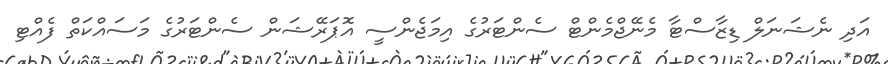
އަދި ނެޝަނަލް ޑިޒާސްޓާ މެނޭޖްމެންޓް ސެންޓަރުގެ އިމަޖެންސީ އޮޕަރޭޝަން ސެންޓަރުގެ މަސައްކަތް ފެއްޓި